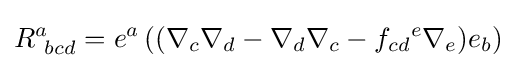
R_{\ bcd}^{a}=e^{a}\left((\nabla _{c}\nabla _{d}-\nabla _{d}\nabla _{c}-f_{cd}{}^{e}\nabla _{e})e_{b}\right)